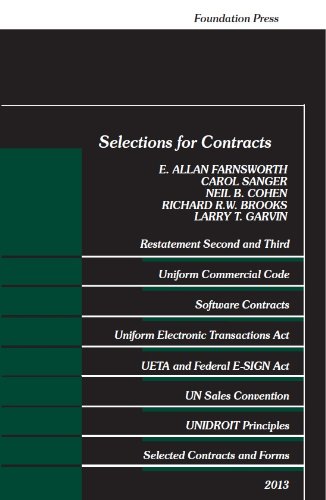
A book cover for Selections for Contracts, 2013 (Selected Statutes); E. Farnsworth; Law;